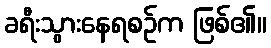
ခရီးသွားနေရစဉ်က ဖြစ်၏။